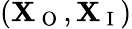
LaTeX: (\mathbf{X}_{\mathrm{~O~}},\mathbf{X}_{\mathrm{~I~}})